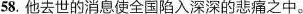
58.他去世的消息使全国陷入深深的悲痛之中。